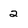
Character: 2